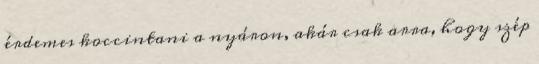
érdemes koccintani a nyáron, akár csak arra, hogy szép